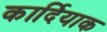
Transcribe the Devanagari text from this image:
कार्दियाक